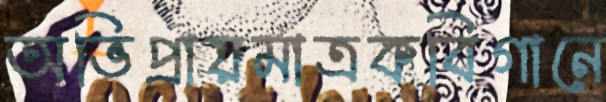
অভিপ্রায়মাত্রকবিগানে